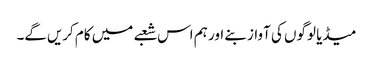
میڈیا لوگوں کی آواز بنے اور ہم اس شعبے میں کام کریں‌گے۔